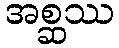
အစ္ဆဿ